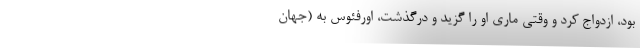
بود، ازدواج کرد و وقتی ماری او را گزید و درگذشت، اورفئوس به (‌جهان